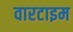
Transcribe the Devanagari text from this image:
वारटाइम